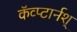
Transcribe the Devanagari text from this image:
कॅव्प्टार्नश्